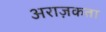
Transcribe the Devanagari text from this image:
अराज़कता